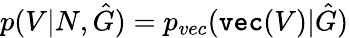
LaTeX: p(V|N,\hat{G})=p_{vec}(\texttt{vec}(V)|\hat{G})